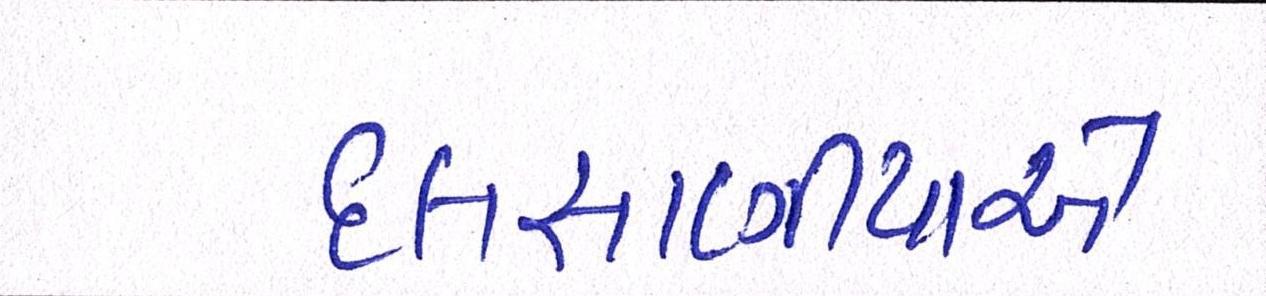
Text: દલસાણીયાએ